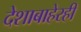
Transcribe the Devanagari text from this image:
देशाबाहेरही